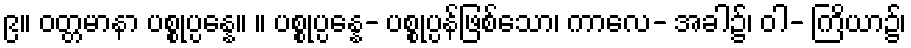
၉။ ဝတ္တမာနာ ပစ္စုပ္ပန္နေ။ ။ ပစ္စုပ္ပန္နေ- ပစ္စုပ္ပန်ဖြစ်သော၊ ကာလေ- အခါ၌၊ ဝါ- ကြိယာ၌၊